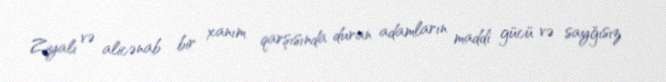
Ziyalı və alicənab bir xanım qarşısında duran adamların maddi gücü və sayğısız